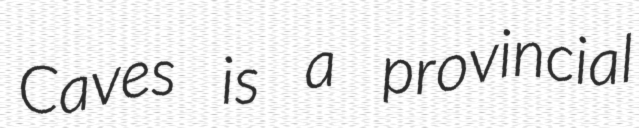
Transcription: Caves is a provincial